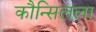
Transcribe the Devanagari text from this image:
कौन्सिलला